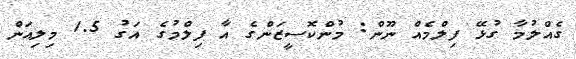
ގެއްލުމާ ގުޅޭ ފިލްމެއް ނޫން: މުންކޮސީޒަންގެ އާ ފިލްމުގެ އަގު 1.5 މިލިއަން